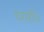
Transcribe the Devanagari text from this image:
घराशी॥